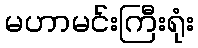
မဟာမင်းကြီးရုံး